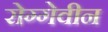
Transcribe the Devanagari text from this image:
रोग्गेवीन